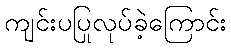
ကျင်းပပြုလုပ်ခဲ့ကြောင်း